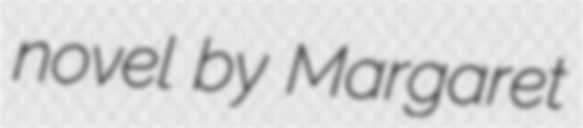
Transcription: novel by Margaret